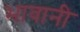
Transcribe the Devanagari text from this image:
भावानी